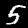
Digit: 5